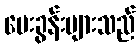
မေးခွန်းများသည်